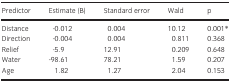
<table><thead><tr><td><b>Predictor</b></td><td><b>Estimate (B)</b></td><td><b>Standard error</b></td><td><b>Wald</b></td><td><b>p</b></td></tr></thead><tbody><tr><td>Distance</td><td>-0.012</td><td>0.004</td><td>10.12</td><td>0.001*</td></tr><tr><td>Direction</td><td>-0.004</td><td>0.004</td><td>0.811</td><td>0.368</td></tr><tr><td>Relief</td><td>-5.9</td><td>12.91</td><td>0.209</td><td>0.648</td></tr><tr><td>Water</td><td>-98.61</td><td>78.21</td><td>1.59</td><td>0.207</td></tr><tr><td>Age</td><td>1.82</td><td>1.27</td><td>2.04</td><td>0.153</td></tr></tbody></table>